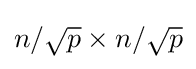
n/{\sqrt {p}}\times n/{\sqrt {p}}